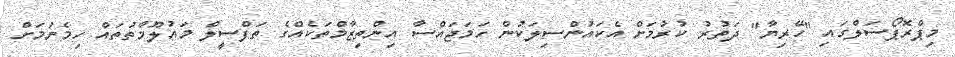
މިޕްރޮޕޯސަލްގައި "ހޭރިޔާ" ދަތުރު ކުރުމަށް އެކައުންސިލަކުން ހަމަޖައްސާ އިންތިޒާމްތަކެއްގެ ތަފްސީލް މައުލޫމާތުތައް ހިމެނުމަށް